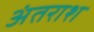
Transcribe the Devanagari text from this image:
अंतराश